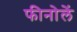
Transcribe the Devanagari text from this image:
फीनोलें